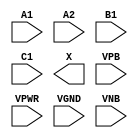
module sky130_fd_sc_ls__o211a (
    //# {{data|Data Signals}}
    input  A1  ,
    input  A2  ,
    input  B1  ,
    input  C1  ,
    output X   ,

    //# {{power|Power}}
    input  VPB ,
    input  VPWR,
    input  VGND,
    input  VNB
);
endmodule